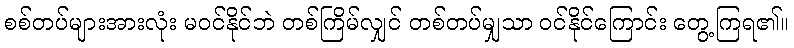
စစ်တပ်များအားလုံး မဝင်နိုင်ဘဲ တစ်ကြိမ်လျှင် တစ်တပ်မျှသာ ဝင်နိုင်ကြောင်း တွေ့ကြရ၏။